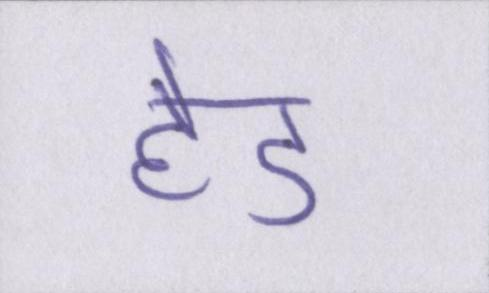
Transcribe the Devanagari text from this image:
हेड